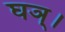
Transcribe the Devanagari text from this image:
घञ्।